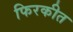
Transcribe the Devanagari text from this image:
फिरकीत